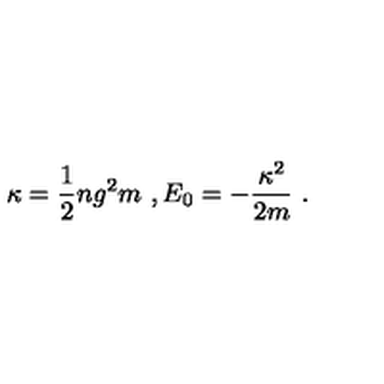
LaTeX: \kappa = \frac { 1 } { 2 } n g ^ { 2 } m \ , E _ { 0 } = - \frac { \kappa ^ { 2 } } { 2 m } \ .